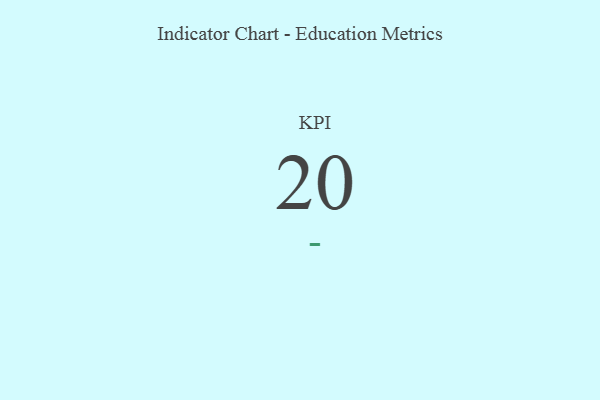
{"axis": {"x": "KPI", "y": "Value"}, "legend": [""], "data": [{"x": "KPI", "y": 20, "type": ""}]}